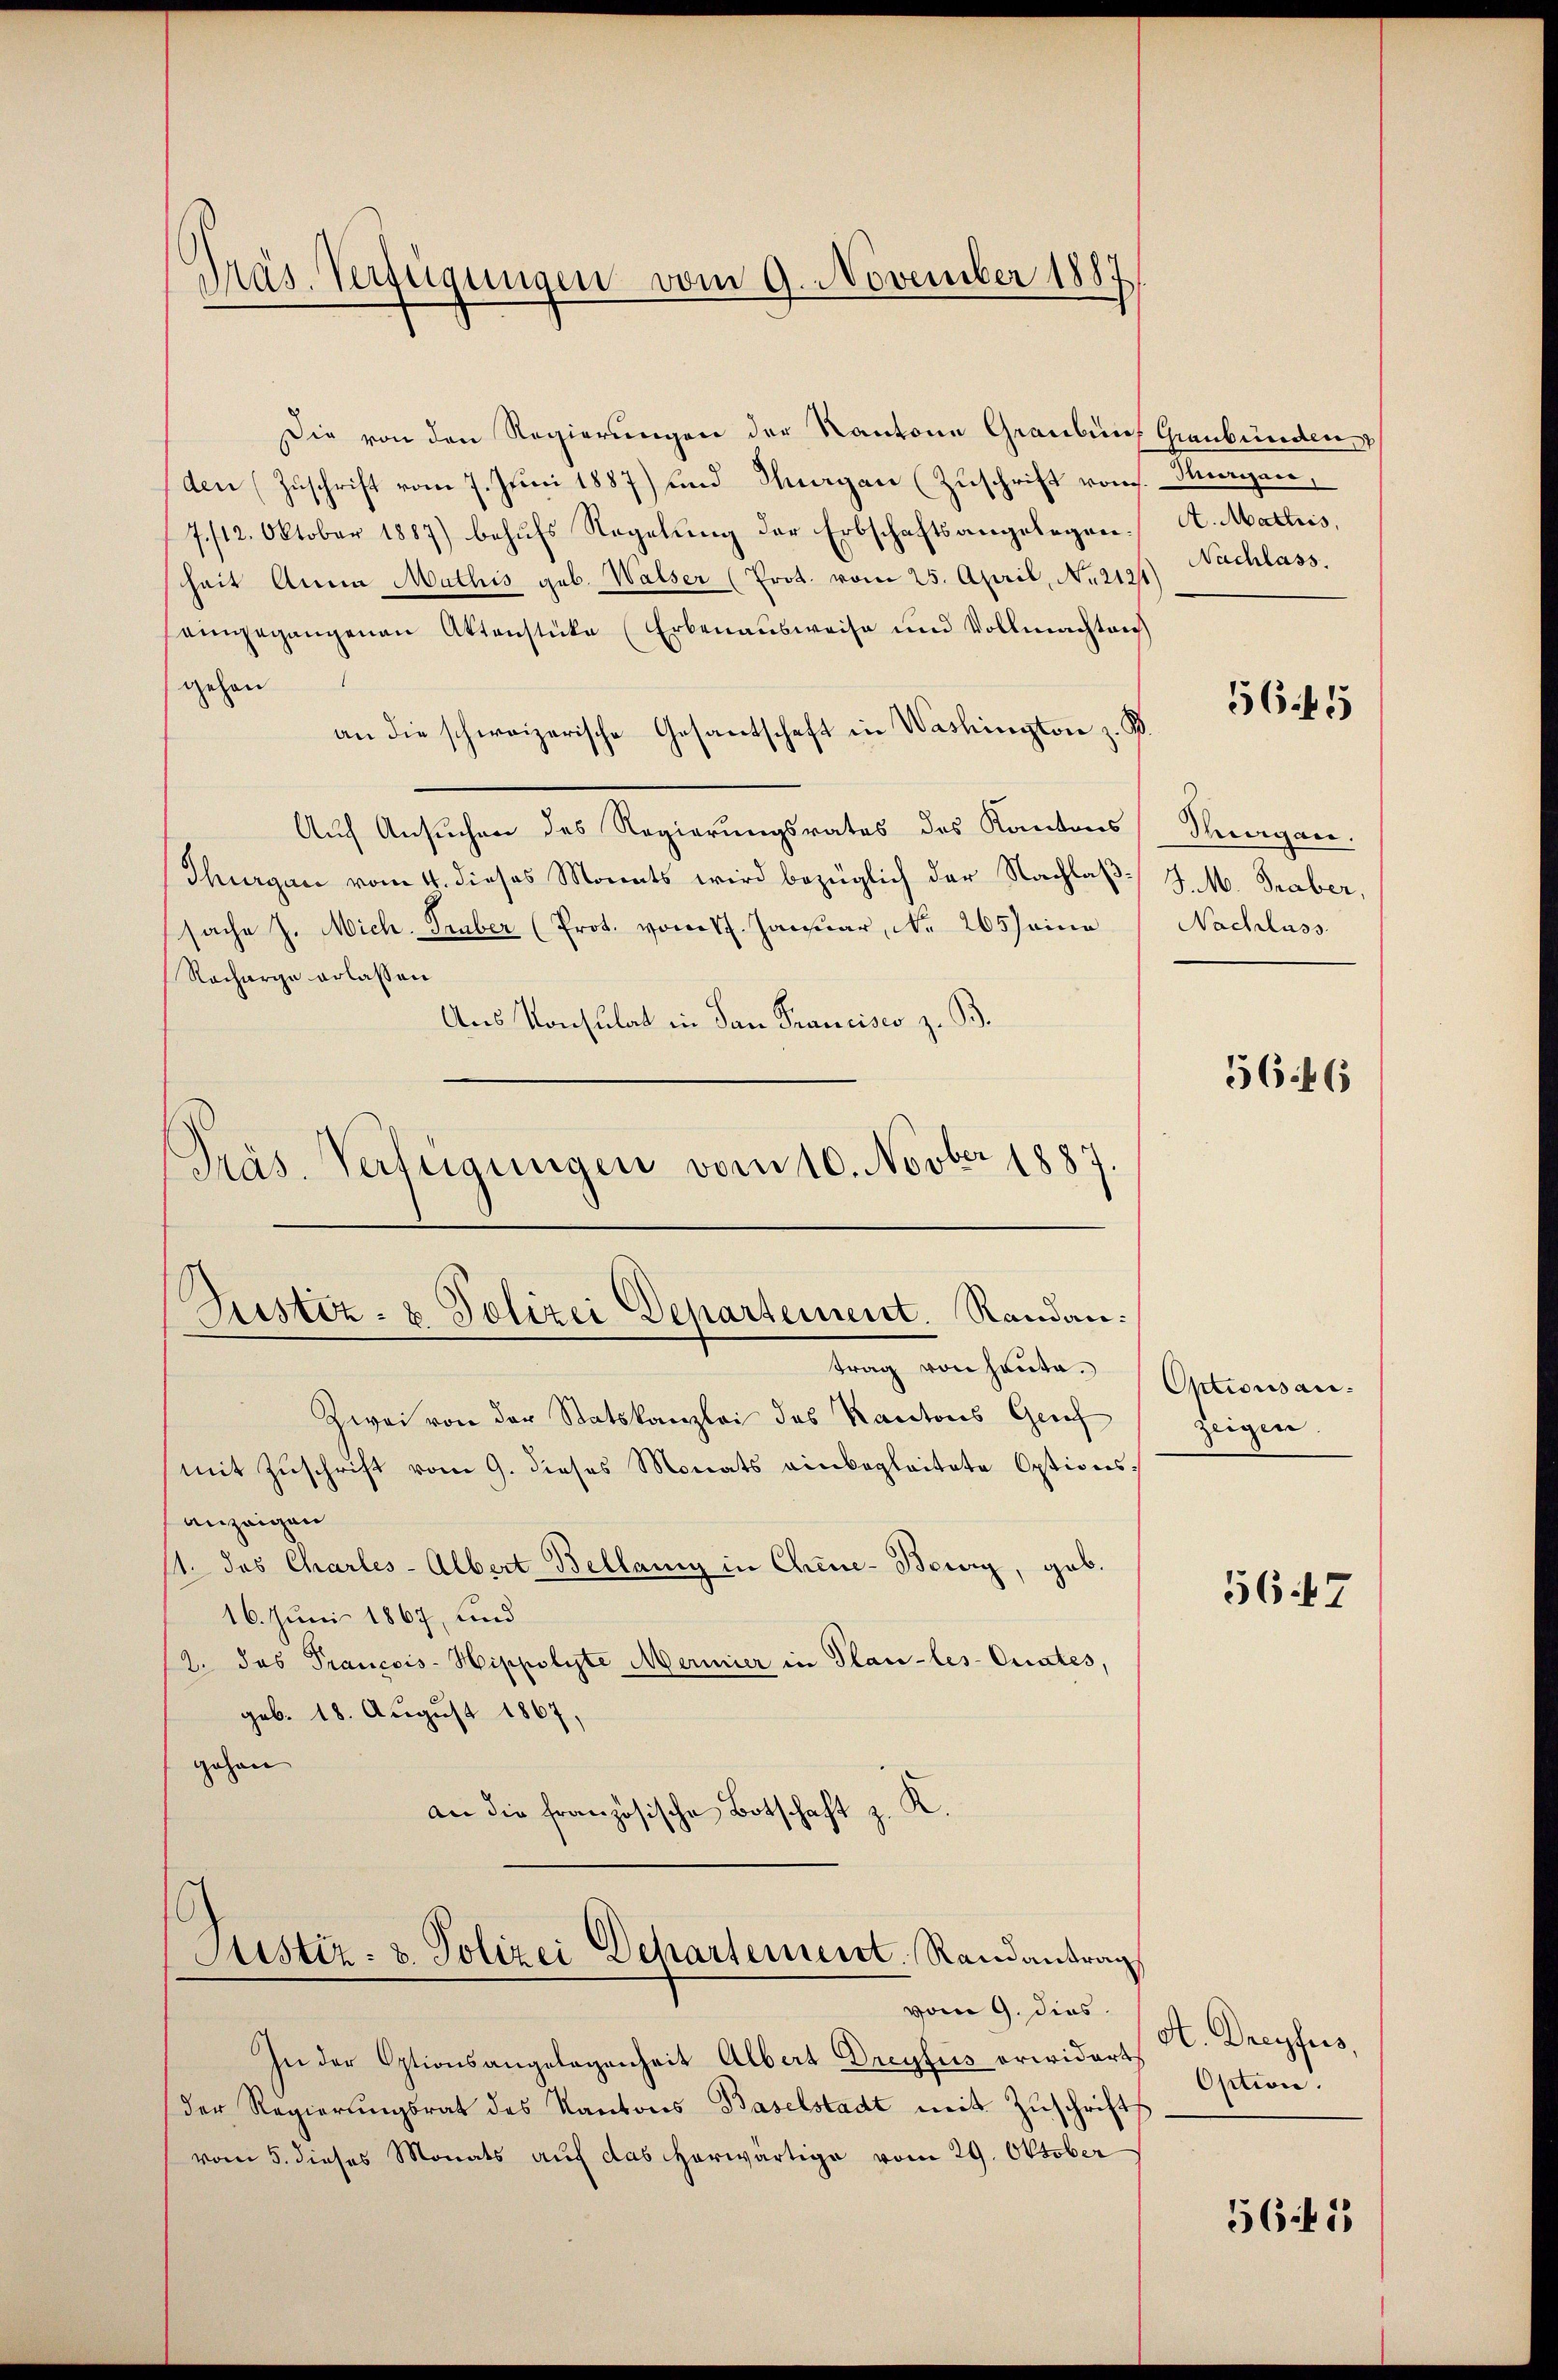
Die von den Regierungen der Kantone Graubüns Graubünden
den (Zuschrift vom 7. Juni 1887) und Thurgau (Zuschrift von Hugen,
7./12. Oktober 1887) behufs Regelung der Erbschaftsangelegen. A. Mattis,
hait Anna Mathis geb. Walser (Prot. vom 25. April, No. 2121
eingegangenen Aktenstücke (Erbenaŭsweise und Vollmachten
gehen
an die schweizerische Gesantschaft in Washington z. B.
Auch Ansuchen des Regierungsrates des Kantons Thurgau.
Thurgau vom 4. dieses Monats wird bezüglich der Nachlaß J. M. Traber,
sache J. Mich. Traber (Prot. vom 17. Januar, No. 265 seine Nachlass
Racharge erlassen
Aus Konsulat in dan Francisco z. B.
Präs. Verfügungen vom 10. Novber 1887.

Präs. Verfügungen vom 9. November 1887

Justiz- & Polizei Departement. Randantrag von heute.

Zwei von der Statskanzlei des Kantons Grief
mit Zŭschrift vom 9. dieses Monats einbegleitete Optionsanzeigen
11. das Charles-Albert Bellanig in Chine-Bewig, gab.
16. Juni 1867, und
2. das Prancois-Hippolyte Mermier in Plan-les-Orates,
geb. 18. August 1867,
gehen
e
an die französische Botschaft z.

¬
Justiz- & Polizei Dehartement. Randantrag

In der Optionsangelegenheit Albert Dreyfus erwidert
der Regierungsrat des Kantons Baselstadt mit Zuschrift
vom 5. dieses Monats auf das Horwärtige vom 29. Oktober

vom 9. dies

Nachlass.

56 f 5

5646

Optionsan.
zeigen.

5647

A. Dreyfus,
Option.

5645